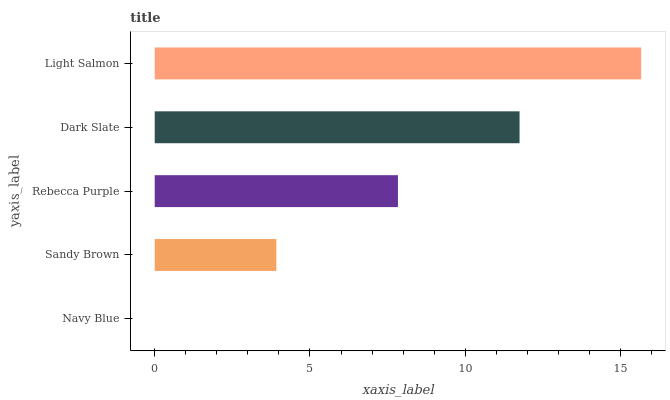
| yaxis_label | bars |
 | --- | --- |
 | Navy Blue | 0 |
 | Sandy Brown | 3.92 |
 | Rebecca Purple | 7.83 |
 | Dark Slate | 11.7 |
 | Light Salmon | 15.7 |